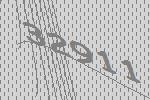
32911